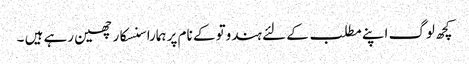
کچھ لوگ اپنے مطلب کے لئے ہندوتو کے نام پر ہمارا سنسکار چھین رہے ہیں ۔